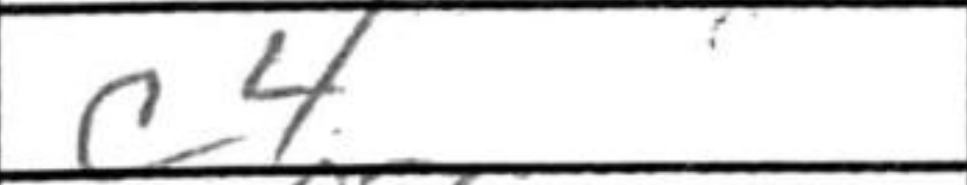
Transcription: c4